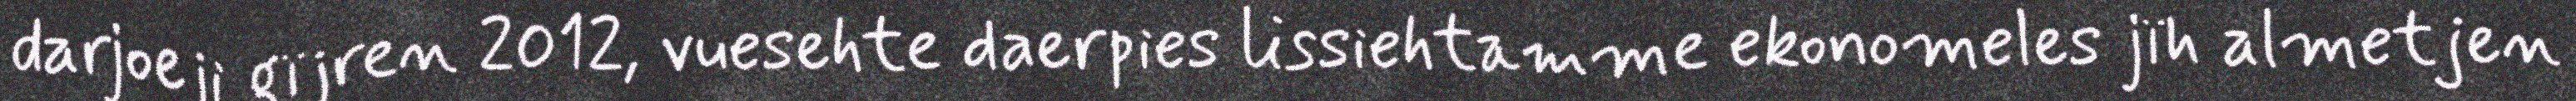
darjoeji gïjren 2012, vuesehte daerpies lissiehtamme ekonomeles jïh almetjen